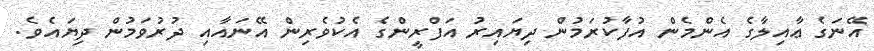
އޭނަގެ ޢާއިލާގެ އެންމެން އުފާކުރަމުން ދިޔައިރު އަފްރީންގެ އެކުވެރިން އޭނައާއި ދުރުވަމުން ދިޔައެވެ.